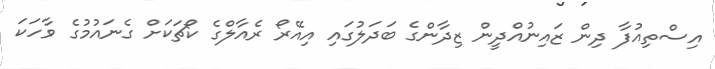
އިސްތިއުފާ ދިން ޒައިނުއްދީން ޒިދާންގެ ބަދަލުގައި އިއޭރޯ ރެއާލްގެ ކޯޗަކަށް ގެނައުމުގެ ވާހަކަ